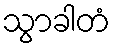
သွာခါတံ